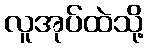
လူအုပ်ထဲသို့